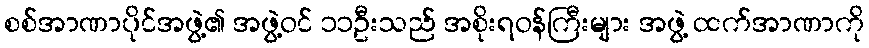
စစ်အာဏာပိုင်အဖွဲ့၏ အဖွဲ့ဝင် ၁၁ဦးသည် အစိုးရဝန်ကြီးများ အဖွဲ့ ထက်အာဏာကို